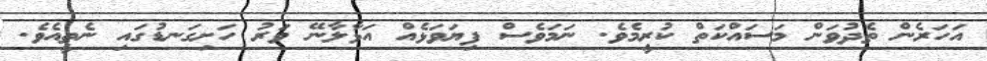
އަހަރެން ތެދުވަން މަސައްކަތް ކުރީމެވެ. ނަމަވެސް ފިޔަވަޅެއް އަޅާލާނޭ ވަރު ހަށިގަނޑުގައި ނެތީއެވެ.